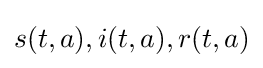
s(t,a),i(t,a),r(t,a)